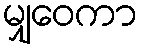
မျှဝေကာ